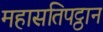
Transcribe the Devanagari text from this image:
महासतिपट्ठान